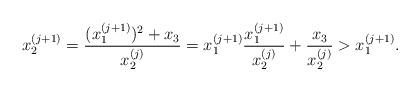
LaTeX: \begin{align*}x_2^{(j+1)}=\frac{ (x_1^{(j+1)})^2 +x_3}{x_2^{(j)}}=x_1^{(j+1)} \frac{x_1^{(j+1)}}{x_2^{(j)}}+\frac{x_3}{x_2^{(j)}}>x_1^{(j+1)}.\end{align*}